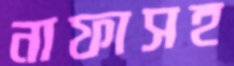
নাফাসহ